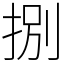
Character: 捌